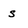
Character: s